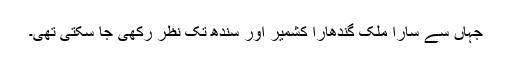
جہاں سے سارا ملک گندھارا کشمیر اور سندھ تک نظر رکھی جا سکتی تھی۔